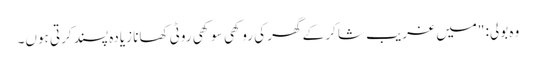
وہ بولی: "میں غریب شاکر کے گھر کی روکھی سوکھی روٹی کھانا زیادہ پسند کرتی ہوں۔